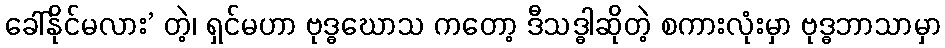
ခေါ်နိုင်မလား’ တဲ့၊ ရှင်မဟာ ဗုဒ္ဓဃောသ ကတော့ ဒီသဒ္ဓါဆိုတဲ့ စကားလုံးမှာ ဗုဒ္ဓဘာသာမှာ